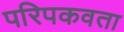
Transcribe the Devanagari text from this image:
परिपकवता